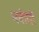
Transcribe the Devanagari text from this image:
नबीयों